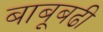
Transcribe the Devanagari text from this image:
बाबूबढी